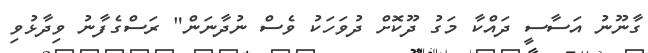
ގާނޫނު އަސާސީ ދައްކާ މަގު ދޫކޮށް ދުވަހަކު ވެސް ނުދާނަން" ރަސްގެފާނު ވިދާޅުވި